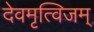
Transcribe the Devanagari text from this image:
देवमृत्विजम्